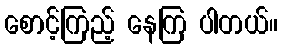
စောင့်ကြည့် နေကြ ပါတယ်။